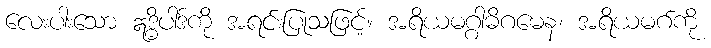
လေးပါးသော ဣဒ္ဓိပါဒ်ကို အရင်းပြုသဖြင့်။ အရိယမဂ္ဂါဓိဂမေန၊ အရိယမဂ်ကို